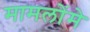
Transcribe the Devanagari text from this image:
मामलोंमे